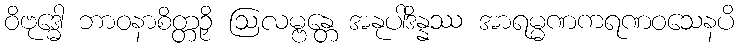
ဝိဗုဒ္ဓေါ ဘာဝနာစိတ္တဉှိ ဩလမ္ဗန္တေ အနုပါဒိန္နဿ အာရမ္မဏကရဏဝသေနပိ